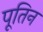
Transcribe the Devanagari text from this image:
पूतिन